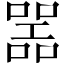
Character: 噐